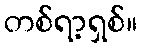
တစ်ရာ့ရှစ်။